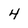
Character: 4